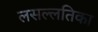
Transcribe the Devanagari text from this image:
लसल्लतिका